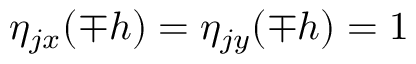
\eta _ { j x } ( \mp h ) = \eta _ { j y } ( \mp h ) = 1